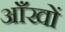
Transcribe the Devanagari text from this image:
अाँखों